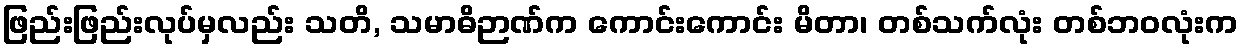
ဖြည်းဖြည်းလုပ်မှလည်း သတိ, သမာဓိဉာဏ်က ကောင်းကောင်း မိတာ၊ တစ်သက်လုံး တစ်ဘဝလုံးက